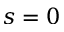
s = 0